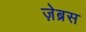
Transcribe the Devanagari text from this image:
ज़ेब्रस